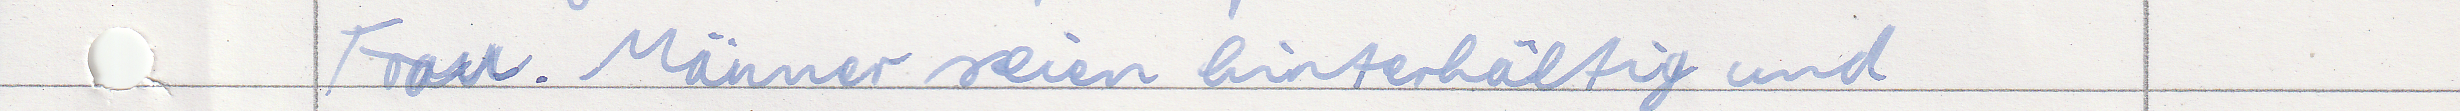
Frau. Männer seien hinterhältig und